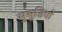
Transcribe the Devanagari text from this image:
सुसुडियो